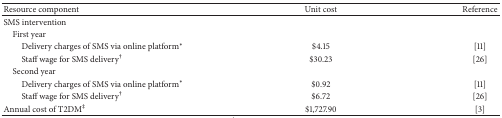
<table><thead><tr><td><b>Resource component </b></td><td><b>Unit cost</b></td><td><b>Reference</b></td></tr></thead><tbody><tr><td>SMS intervention</td><td> </td><td></td></tr><tr><td> First year</td><td> </td><td> </td></tr><tr><td>Delivery charges of SMS via online platform<sup><i>∗</i></sup></td><td>$4.15</td><td>[11]</td></tr><tr><td>Staff wage for SMS delivery<sup>†</sup></td><td>$30.23</td><td>[26]</td></tr><tr><td> Second year</td><td> </td><td> </td></tr><tr><td>Delivery charges of SMS via online platform<sup><i>∗</i></sup></td><td>$0.92</td><td>[11]</td></tr><tr><td>Staff wage for SMS delivery<sup>†</sup></td><td>$6.72</td><td>[26]</td></tr><tr><td>Annual cost of T2DM<sup>‡</sup></td><td>$1,727.90</td><td>[3]</td></tr></tbody></table>